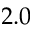
2 . 0